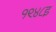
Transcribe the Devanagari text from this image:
१९४८इ